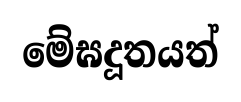
මේඝදූතයත්